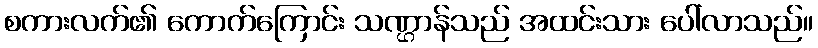
စကားလက်၏ ကောက်ကြောင်း သဏ္ဌာန်သည် အထင်းသား ပေါ်လာသည်။